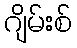
ဂျိမ်းစ်